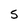
Character: 5